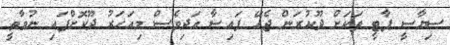
ސިޔާސީ ޕާޓީ ތަކަށް ދޫކުރަން ޖެހޭ ފައިސާ އަދިވެސް މިއަހަރު ދޫކޮށްފައި ނުވާތީ